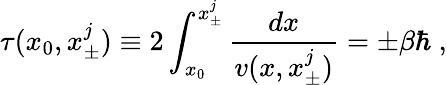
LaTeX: \tau(x_{0},x_{\pm}^{j})\equiv 2\int_{x_{0}}^{x_{\pm}^{j}}\frac{dx}{v(x,x_{\pm}^{j})}=\pm\beta\hbar\; ,